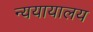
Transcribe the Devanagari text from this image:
न्ययायालय